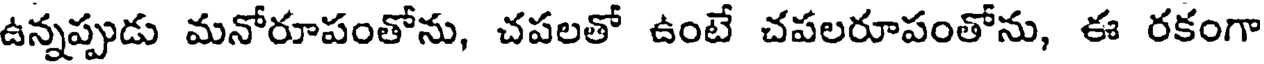
ఉన్నప్పుడు మనోరూపంతోను, చపలతో ఉంటే చపలరూపంతోను, ఈ రకంగా